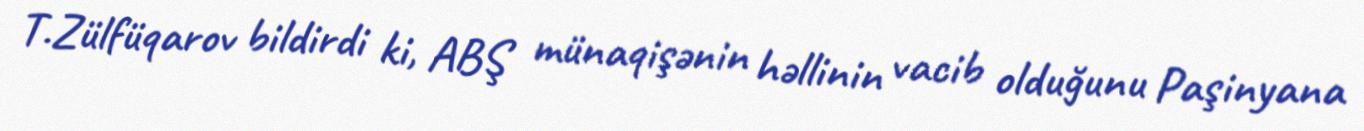
T.Zülfüqarov bildirdi ki, ABŞ münaqişənin həllinin vacib olduğunu Paşinyana